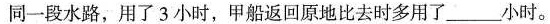
同一段水路，用了3小时，甲船返回原地比去时多用了 ___ 小时。